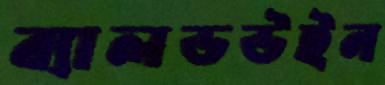
ব্যালডউইন